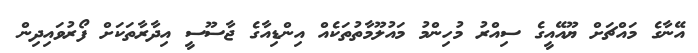
އޭނާގެ މައްޗަށް ޔޫއޭއީގެ ސިއްރު މުހިންމު މައުލޫމާތުތަކެއް އިންޑިއާގެ ޖާސޫސީ އިދާރާތަކަށް ފޯރުވައިދިން